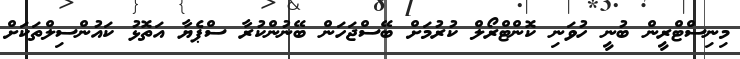
މިނިސްޓްރީން ބުނީ ހުވަނި ކޮންޓްރޯލް ކުރުމަށް ބޭސްޖަހަން ބޭނުންކުރާ ސްޕެޔާ އަތޮޅު ކައުންސިލްތަކަށް